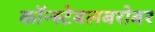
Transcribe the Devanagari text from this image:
कॉन्स्टेबलबरोबर